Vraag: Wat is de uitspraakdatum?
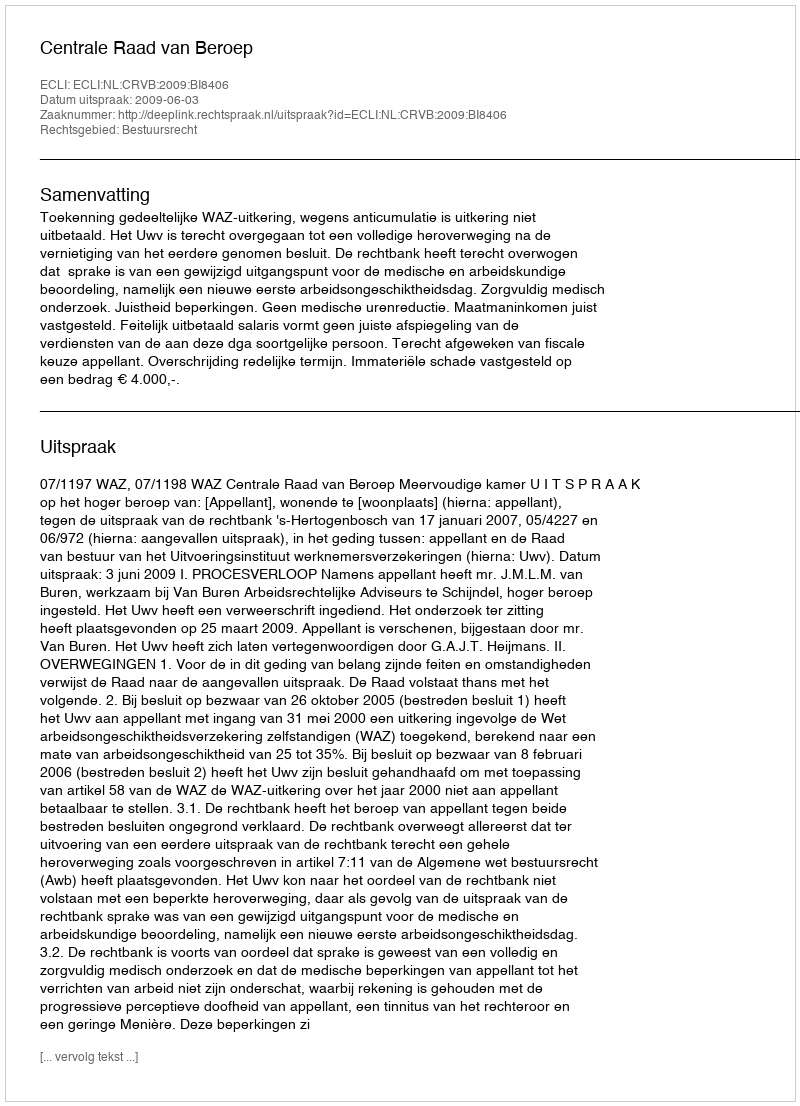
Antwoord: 2009-06-03